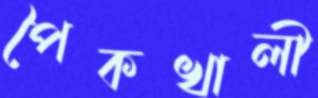
পৈকখালী